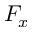
F _ { x }